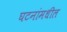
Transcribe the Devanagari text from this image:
घटनांमधील